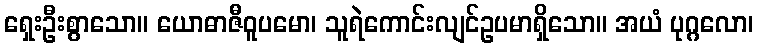
ရှေးဦးစွာသော။ ယောဓာဇီဝူပမော၊ သူရဲကောင်းလျင်ဥပမာရှိသော။ အယံ ပုဂ္ဂလော၊